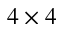
4 \times 4